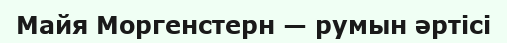
Майя Моргенстерн — румын әртісі